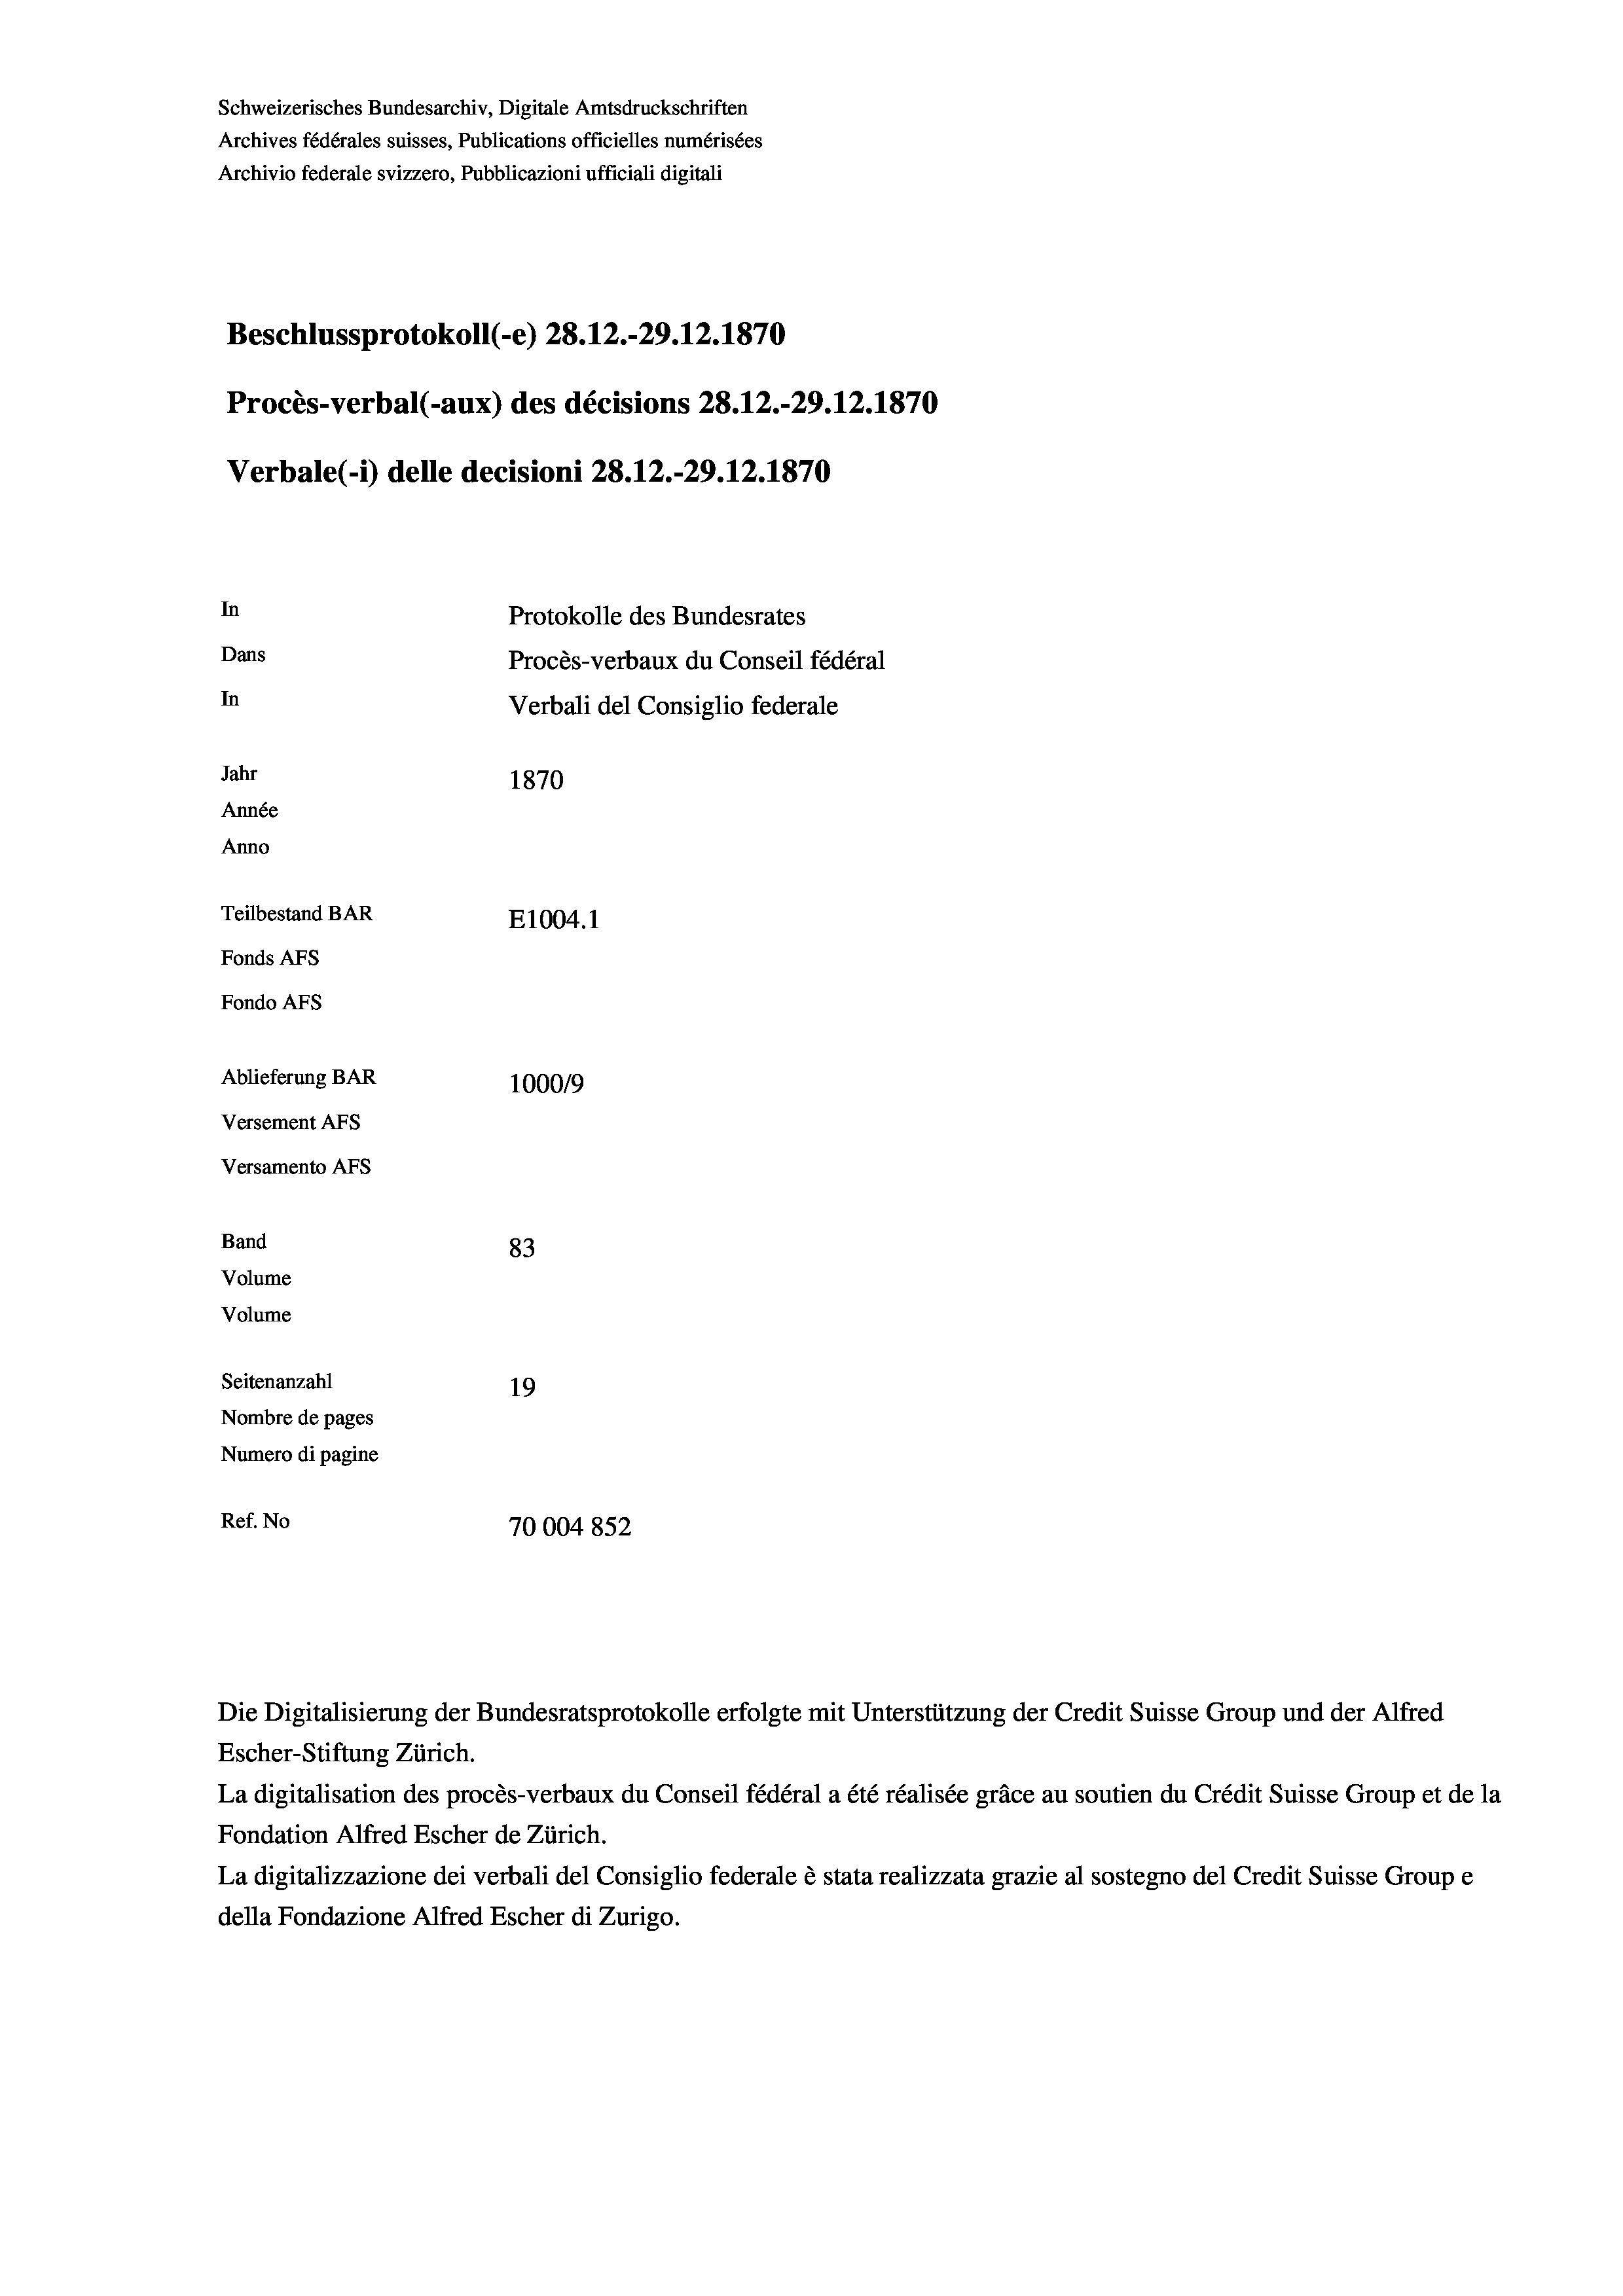
Schweizerisches Bundesarchiv, Digitale Amtsdruckschriften
Archives fédérales suisses, Publications officielles numérisées
Archivio federale svizzero, Pubblicazioni ufficiali digitali
Beschlussprotokoll (-e) 28. 12.-29.12.1870
Procès-verbal (-aux) des décisions 28.12.-29.12.1870
Verbale (- 1) delle decisioni 28. 12.-29.12.1870
In
Protokolle des Bundesrates
Dans
Procès-verbaux du Conseil fédéral
In
Verbali del Consiglio federale
Jahr
1870
Année
Anno
Teilbestand BAR
E1004.1
Fonds AFs
Fondo Afs
Ablieferung BAR
100019
Versement AFs
Versamento AFs
Band
83
Volume
Volume
Seitenanzahl
19

Nombre de pages
Numero di pagine
Ref. No
70004852

Die Digitalisierung der Bundesratsprotokolle erfolgte mit Unterstützung der Credit Suisse Group und der Alfred
Escher-Stiftung Zürich.
La digitalisation des procès-verbaux du Conseil fédéral a été réalisée gräce au soutien du Crédit Suisse Group et de la
Fondation Alfred Escher de Zürich.
La digitalizzazione dei verbali del Consiglio federale è stata realizzata grazie al sostegno del Credit Suisse Groupe
della Fondazione Alfred Escher di Zurigo.